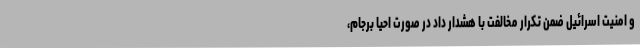
و امنیت اسرائیل ضمن تکرار مخالفت با هشدار داد در صورت احیا برجام،